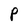
Character: P